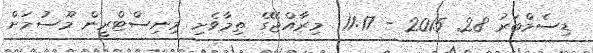
ޑިސެމްބަރު 28